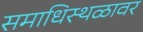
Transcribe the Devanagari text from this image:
समाधिस्थळावर